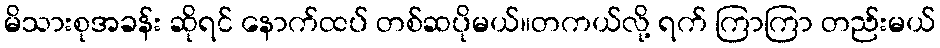
မိသားစုအခန်း ဆိုရင် နောက်ထပ် တစ်ဆပိုမယ်။တကယ်လို့ ရက် ကြာကြာ တည်းမယ်